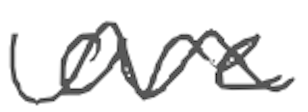
Text: are
Cross-out: wave
Writing tool: digital_gray